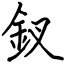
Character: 釵